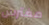
مفترس